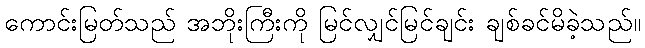
ကောင်းမြတ်သည် အဘိုးကြီးကို မြင်လျှင်မြင်ချင်း ချစ်ခင်မိခဲ့သည်။